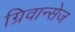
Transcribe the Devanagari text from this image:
ग्रिवान्सेज